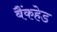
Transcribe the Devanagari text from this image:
बैंकहेड